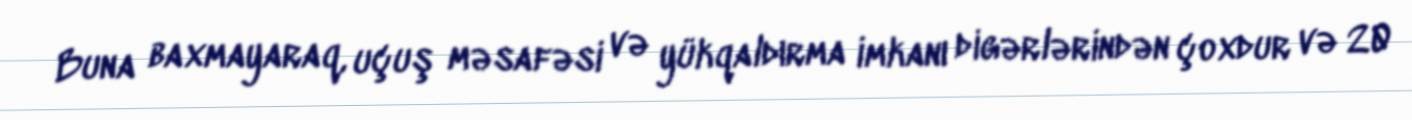
Buna baxmayaraq, uçuş məsafəsi və yükqaldırma imkanı digərlərindən çoxdur və 20